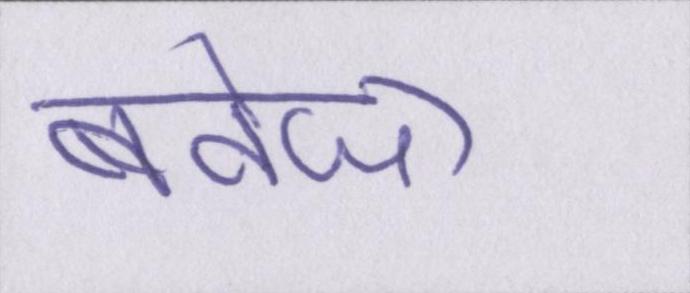
बवेजा